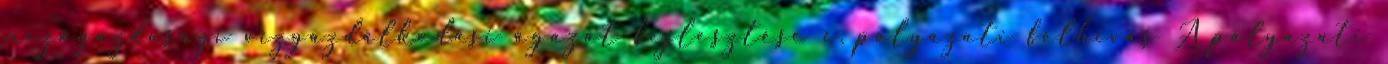
mezőgazdasági vízgazdálkodási ágazat fejlesztése c. pályázati felhívás A pályázati